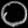
Digit: ၀